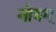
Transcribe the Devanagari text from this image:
नोवम्